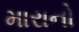
મારાનો